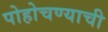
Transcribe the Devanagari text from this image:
पोहोचण्याची